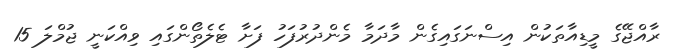
ރާއްޖޭގެ މީޑިއާތަކުން އިސްނަގައިގެން މާދަމާ މެންދުރުފަހު ފަށާ ޓެލެތޯންގައި ވިއްކަނީ ޖުމްލަ 15